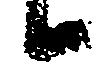
候